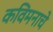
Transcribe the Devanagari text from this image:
कविमनाचे